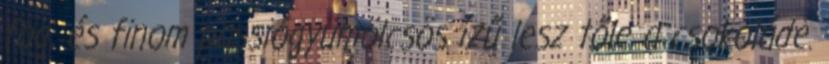
fog, és finom passiógyümölcsös ízű lesz tőle a csokoládé.